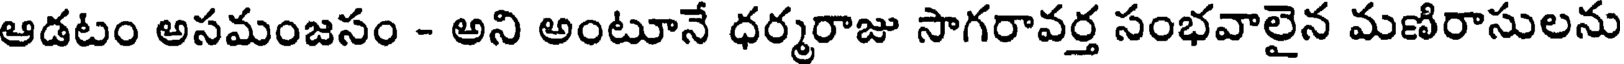
ఆడటం అసమంజసం - అని అంటూనే ధర్మరాజు సాగరావర్త సంభవాలైన మణిరాసులను